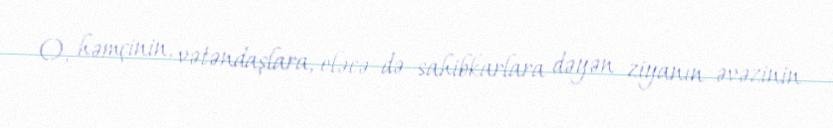
O, həmçinin, vətəndaşlara, eləcə də sahibkarlara dəyən ziyanın əvəzinin